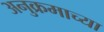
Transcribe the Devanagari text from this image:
अनुक्रमाच्या